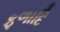
ફળાદિ